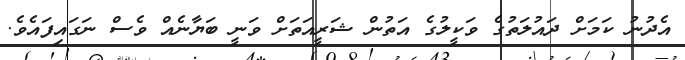
އެދުނު ކަމަށް ދައުލަތުގެ ވަކީލުގެ އަތުން ޝަރީއަތަށް ވަނީ ބަޔާނެއް ވެސް ނަގައިފައެވެ.